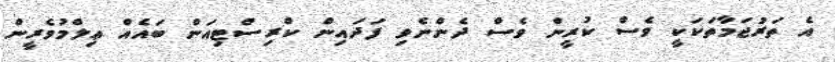
އެ ތަރުޖަމާތަކަކީ ވެސް ކުރީން ވެސް ދެންނެވި ފަދައިން ކްރިސްޓިއަން ބައެއް ޢިލްމުވެރީން